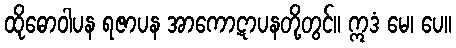
ထိုဓောဝါပန ရဇာပန အာကောဋာပနတို့တွင်။ ဣဒံ မေ၊ ပေ။